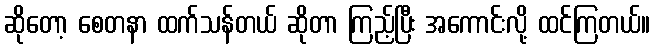
ဆိုတော့ စေတနာ ထက်သန်တယ် ဆိုတာ ကြည့်ပြီး အကောင်းလို့ ထင်ကြတယ်။